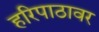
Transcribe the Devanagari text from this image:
हरिपाठावर